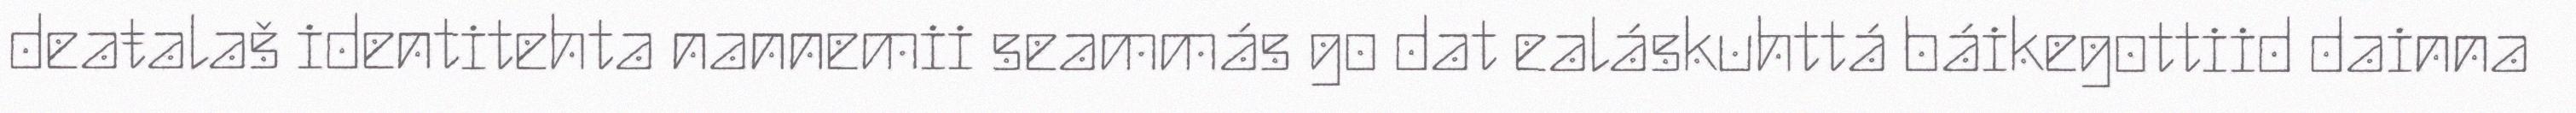
deaŧalaš identitehta nannemii seammás go dat ealáskuhttá báikegottiid dainna